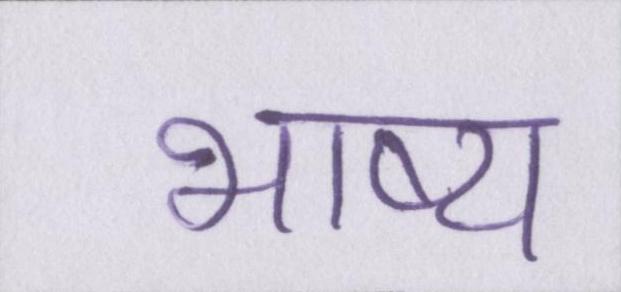
भाष्य